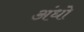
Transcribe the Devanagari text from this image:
अंधो